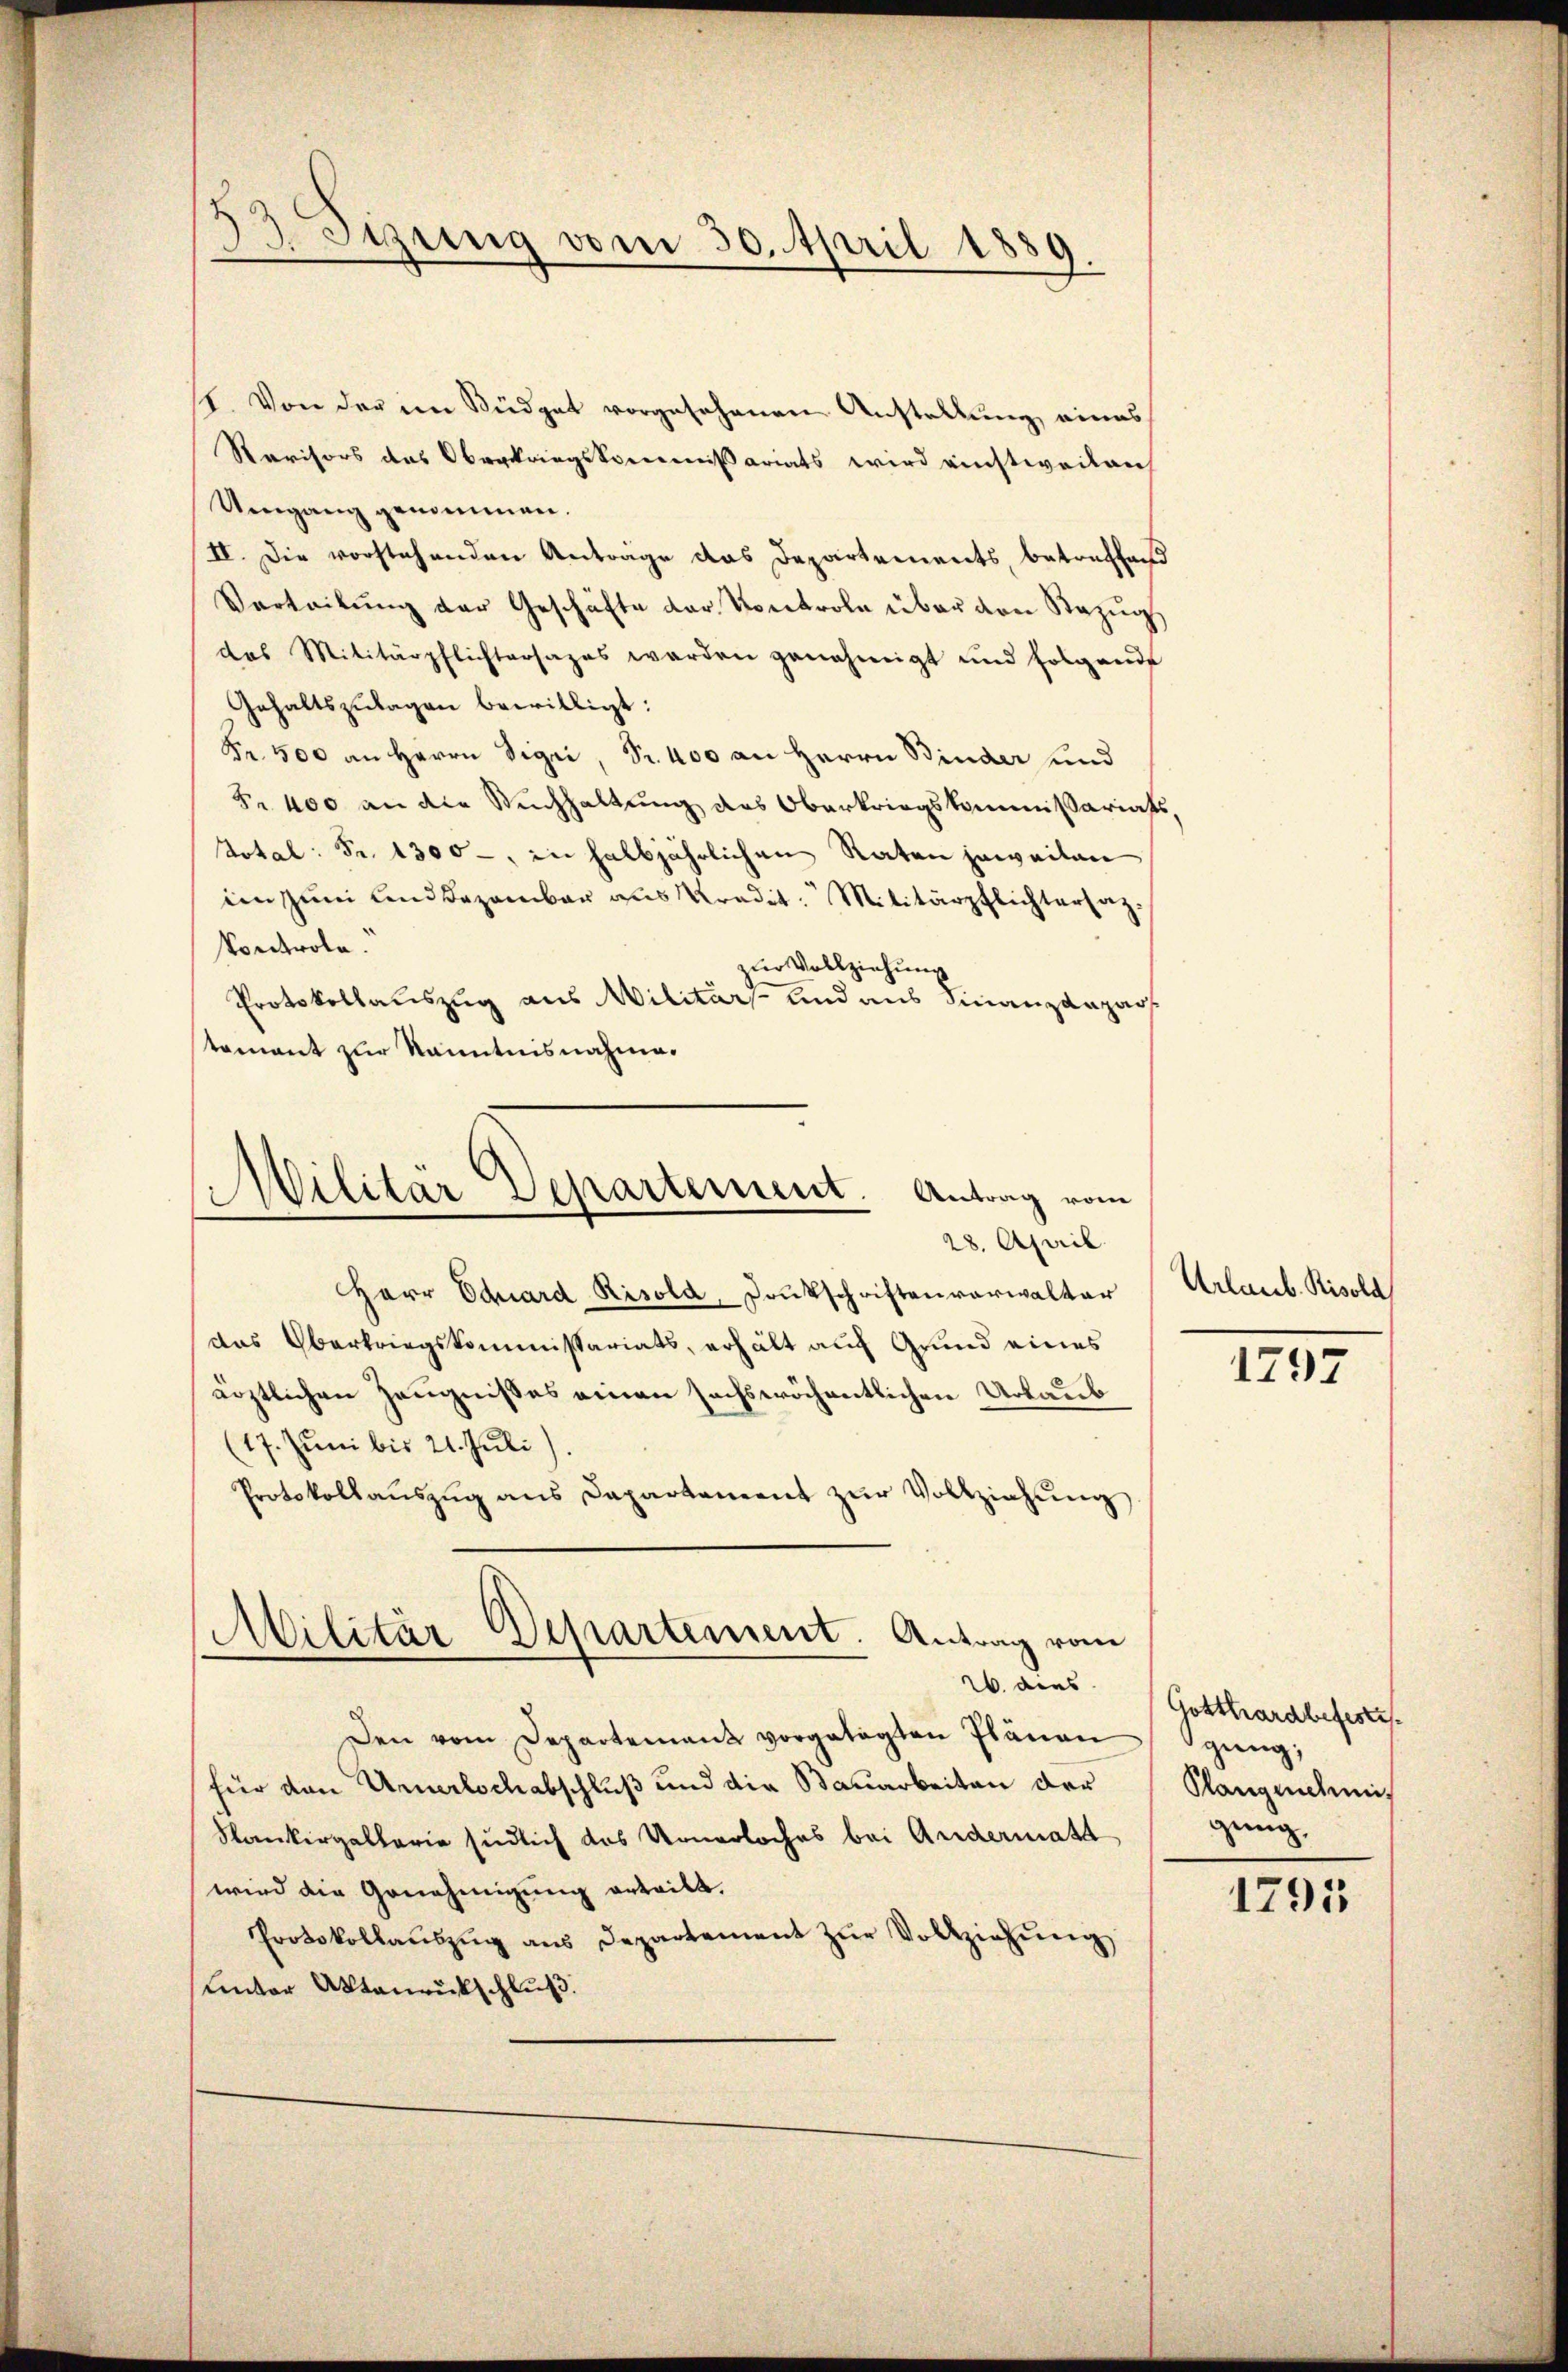
23. Sizung vom 30. April 1889.
.

1. Von der im Südget vorgesehenen Anstellung eines
Ravisors des Oberkriegskommißariats wird einstweilen
Umgang genommen.
II. Die vorstehenden Antrage das Departements, betreffend
Verteilŭng der Geschäfte der Kontrole über den Bezŭg
das Militärpflichtersazes werden genehmigt und folgende
Gehaltszŭlagen bewilligt:
Fr. 500 an Herrn Sigri, Sr. 400 an Herrn Binder und
F. 400 an die Buchhaltung des Oberkriegskommißariats,
Total: Fr. 1300 -, in halbjährlichen Raten jeweiten
im zum linddazambar aus Pradit: Militärpflichtersatz.
kontrole.
zŭr Vollziehung
Protokollauszug aus Militär- und aus Finanzdepar
tomant zur Kenntnisnahme.
Herr Eduard Risold, Deutschriften verwalter
das Oberkriegskommissariats, erhält auf Grund eines
ärztlichen Zeugnißes einen sechswöchentlichen Urlaub
(17. Juni bis 21. Juli)
Protokollaŭszŭg ans Departament zŭr Vollziehŭng
Militär Departement. Antrag vom
26. dies
Den vom Departement vorgetagten Plänen
für den Urerlochabschluß und die Bauarbeiten der
Rankergallerie südlich das Urnerloches bei Andermatt
wird die Genehmigung erteilt.
Protokollaŭszŭg ans Departement zŭr Vollziehŭng
unter Aktenrückschluß.

Militär Departement. Antrag vom
28. April

Urlaub. Risold

1797

Gotthardbefestes.
gung,
Plangenehmigung,

1795